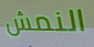
النمش